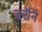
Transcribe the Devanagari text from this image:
बरौनै